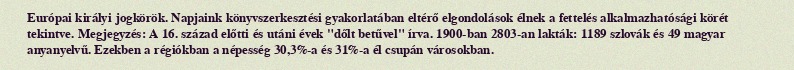
Európai királyi jogkörök. Napjaink könyvszerkesztési gyakorlatában eltérő elgondolások élnek a fettelés alkalmazhatósági körét tekintve. Megjegyzés: A 16. század előtti és utáni évek "dőlt betűvel" írva. 1900-ban 2803-an lakták: 1189 szlovák és 49 magyar anyanyelvű. Ezekben a régiókban a népesség 30,3%-a és 31%-a él csupán városokban.